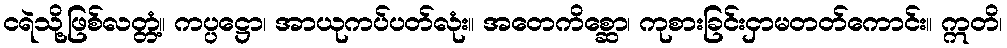
ငရဲသို့ဖြစ်လတ္တံ့။ ကပ္ပဋ္ဌော၊ အာယုကပ်ပတ်လုံး။ အတေကိစ္ဆော၊ ကုစားခြင်းငှာမတတ်ကောင်း။ ဣတိ၊